Cholera in India, 1862 to 1881
Year: 1862
Disease focus: Cholera
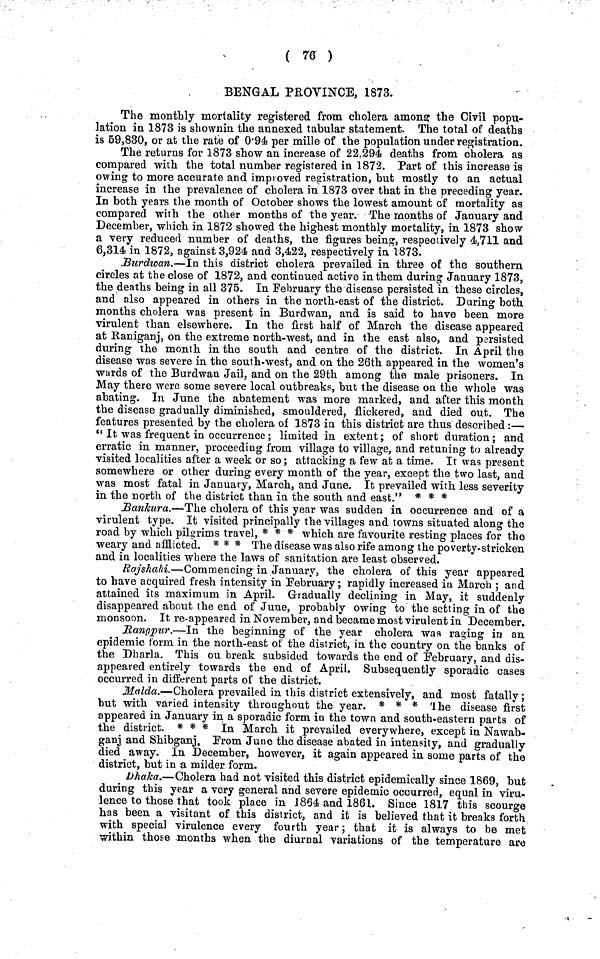
( 76 )
BENGAL PROVINCE, 1873.
The monthly mortality registered from cholera among the Civil popu-
lation in 1873 is shownin the annexed tabular statement. The total of deaths
is 59,830, or at the rate of 0·94 per mille of the population under registration.
The returns for 1873 show an increase of 22.294 deaths from cholera as
compared with the total number registered in 1872. Part of this increase is
owing to more accurate and improved registration, but mostly to an actual
increase in the prevalence of cholera in 1873 over that in the preceding year.
In both years the month of October shows the lowest amount of mortality as
compared with the other months of the year. The months of January and
December, which in 1872 showed the highest monthly mortality, in 1873 show
a very reduced number of deaths, the figures being, respectively 4,711 and
6,314 in 1872, against 3,924 and 3,422, respectively in 1873.
Burdwan.—In this district cholera prevailed in three of the southern
circles at the close of 1872, and continued active in them during January 1873,
the deaths being in all 375. In February the disease persisted in these circles,
and also appeared in others in the north-east of the district. During both
months cholera was present in Burdwan, and is said to have been more
virulent than elsewhere. In the first half of March the disease appeared
at Raniganj, on the extreme north-west, and in the east also, and persisted
during the month in the south and centre of the district. In April the
disease was severe in the south-west, and on the 26th appeared in the women's
wards of the Burdwan Jail, and on the 29th among the male prisoners. In
May there were some severe local outbreaks, but the disease on the whole was
abating. In June the abatement was more marked, and after this month
the disease gradually diminished, smouldered, flickered, and died out. The
features presented by the cholera of 1873 in this district are thus described:—
" It was frequent in occurrence; limited in extent; of short duration; and
erratic in manner, proceeding from village to village, and retuning to already
visited localities after a week or so; attacking a few at a time. It was present
somewhere or other during every month of the year, except the two last, and
was most fatal in January, March, and June. It prevailed with less severity
in the north of the district than in the south and east." * * *
Bankura.—The cholera of this year was sudden in occurrence and of a
virulent type. It visited principally the villages and towns situated along the
road by which pilgrims travel, * * * which are favourite resting places for the
weary and afflicted. * * * The disease was also rife among the poverty-stricken
and in localities where the laws of sanitation are least observed.
Rajshahi.—Commencing in January, the cholera of this year appeared
to have acquired fresh intensity in February; rapidly increased in March ; and
attained its maximum in April. Gradually declining in May, it suddenly
disappeared about the end of June, probably owing to the setting in of the
monsoon. It re-appeared in November, and became most virulent in December.
Rangpur.—In the beginning of the year cholera was raging in an
epidemic form in the north-east of the district, in the country on the banks of
the Dharla. This ou break subsided towards the end of February, and dis-
appeared entirely towards the end of April. Subsequently sporadic cases
occurred in different parts of the district.
Malda.—Cholera prevailed in this district extensively, and most fatally;
but with varied intensity throughout the year. * * * 'Ihe disease first
appeared in January in a sporadic form in the town and south-eastern parts of
the district. * * * In March it prevailed everywhere, except in Nawab-
ganj and Shibganj. Prom June the disease abated in intensity, and gradually
died away. In December, however, it again appeared in some parts of the
district, but in a milder form.
Dhaka.—Cholera had not visited this district epidemically since 1869, but
during this year a very general and severe epidemic occurred, equal in viru-
lence to those that took place in 1864 and 1861. Since 1817 this scourge
has been a visitant of this district, and it is believed that it breaks forth
with special virulence every fourth year; that it is always to be met
within those months when the diurnal variations of the temperature are